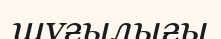
шұғылығы